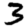
Digit: 3